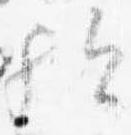
歟